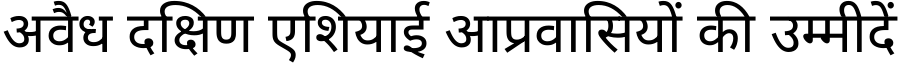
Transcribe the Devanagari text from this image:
अवैध दक्षिण एशियाई आप्रवासियों की उम्मीदें